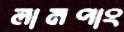
লামপাং